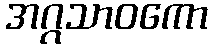
အဂ္ဂသာဝကော